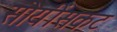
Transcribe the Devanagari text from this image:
सोयींसकट